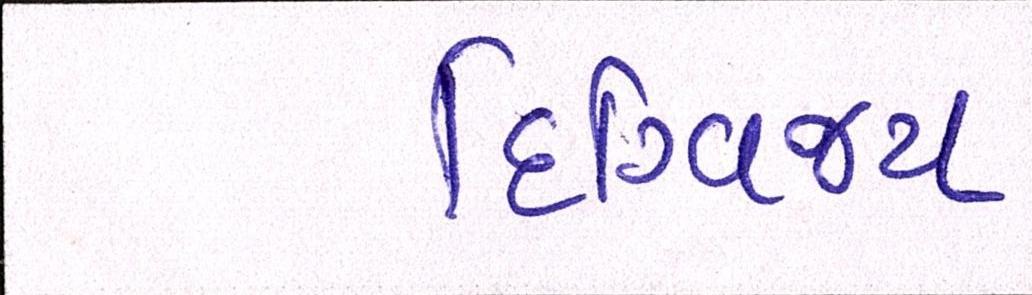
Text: દિગ્વિજય